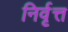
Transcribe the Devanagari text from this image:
निर्वृत्त